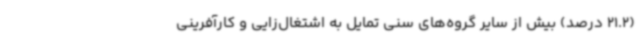
(21.2 درصد) بیش از سایر گروه‌های سنی تمایل به اشتغال‌زایی و کارآفرینی